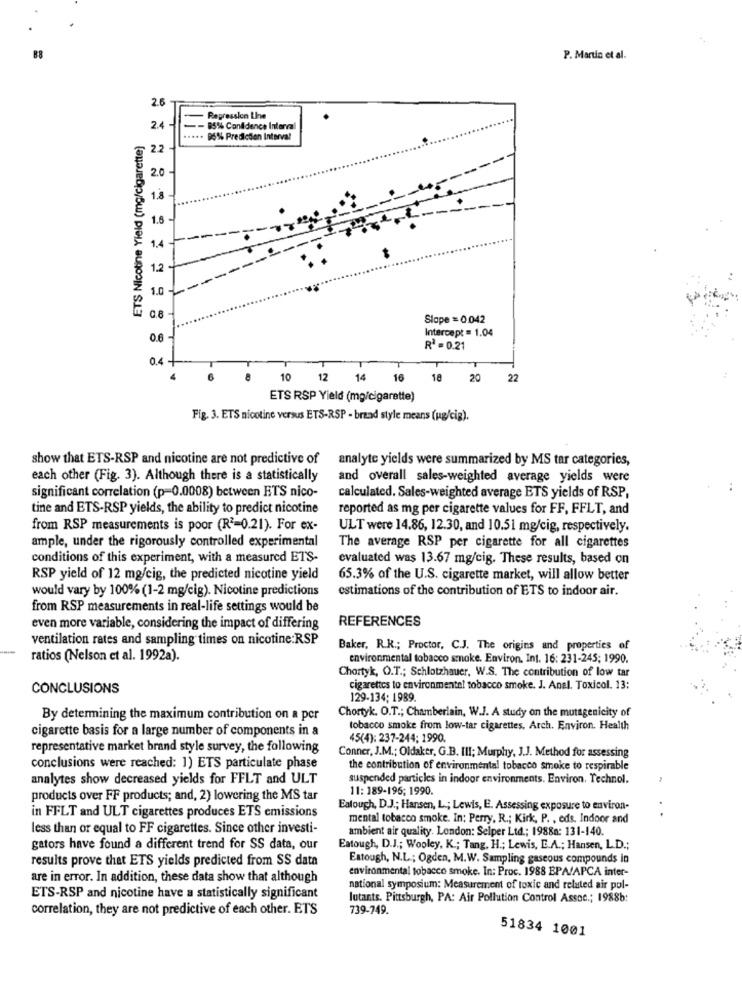
88
P. Martin et al.
2.6
Regression Lhe
24 -
-- 85%% Confidence Interval
ETS Nicotine Yield (mg/cigarette)
..... 95% Prediction Interval
22
20
1.8
1.6
1.
1.2
1.0
0.8
Slope = 0.042
Intercept = 1.04
0.6
R2 = 0.21
0.4
10 12 14 16
18 20
22
ETS RSP Yield (mg/cigarette)
Fig. 3. ETS nicotine versus ETS-RSP - brand style means (ug/cig).
show that ETS-RSP and nicotine are not predictive of
analyte yields were summarized by MS tar categories,
each other (Fig. 3). Although there is a statistically
and overall sales-weighted average yields were
significant correlation (p=0.0008) between ETS nico-
calculated. Sales-weighted average ETS yields of RSP,
tine and ETS-RSP yields, the ability to predict nicotine
reported as mg per cigarette values for FF, FFLT, and
from RSP measurements is poor (R3=0.21). For ex-
ULT were 14.86, 12.30, and 10.51 mg/cig, respectively.
ample, under the rigorously controlled experimental
The average RSP per cigarette for all cigarettes
conditions of this experiment, with a measured ETS-
evaluated was 13.67 mg/cig. These results, based on
RSP yield of 12 mg/cig, the predicted nicotine yield
65.3% of the U.S. cigarette market, will allow better
would vary by 100% (1-2 mg/cig). Nicotine predictions
estimations of the contribution of ETS to indoor air.
from RSP measurements in real-life settings would be
REFERENCES
even more variable, considering the impact of differing
ventilation rates and sampling times on nicotine:RSP
Baker, R.K .; Proctor, C.J. The origins and properties of
ratios (Nelson et al. 1992a).
environmental tobacco smoke. Environ. Int. 16: 231-245; 1990.
Chortyk, O.T .; Schlotzhauer, W.S. The contribution of low tar
CONCLUSIONS
cigarettes to environmentel tobacco smoke. J. Anal. Toxicol. 13:
129-134: 1989.
Chortyk. O.T .; Chamberlain, W.J. A study on the mutagenicity of
By determining the maximum contribution on a per
cigarette basis for a large number of components in a
tobacco smoke from low-tar cigarettes. Arch. Environ. Health
45(4): 237-244; 1990.
representative market brand style survey, the following
Conner, J.M .; Oldaker, G.B. IlI; Murphy, J.J. Method for assessing
conclusions were reached: 1) ETS particulate phase
the contribution of environmental tobacco smoke to respirable
analytes show decreased yields for FFLT and ULT
suspended particles in indoor environments. Environ. Technol.
11: 189-196; 1990.
products over FF products; and, 2) lowering the MS tar
Eatough, D.J .; Hansen, L .; Lewis, E. Assessing exposure to environ-
in FFLT and ULT cigarettes produces ETS emissions
mental tobacco smoke. In: Perry, R .; Kirk, P. , eds. Indoor and
..
less than or equal to FF cigarettes. Since other investi-
ambient air quality. London: Selper Ltd .; 1988a: 131-140.
gators have found a different trend for SS data, our
Eatough, D.J .; Wooley, K .; Tang, H .; Lewis, E.A .; Hansen, L.D .;
results prove that ETS yields predicted from SS data
Eatough, N.L .; Ogden, M.W. Sampling gaseous compounds in
environmental tobacco smoke. In: Proc. 1988 EPA/APCA inter-
are in error. In addition, these data show that although
national symposium: Measurement of toxic and related air pol-
ETS-RSP and nicotine have a statistically significant
lutants. Pittsburgh, PA: Air Pollution Control Assoc .; 1988b:
correlation, they are not predictive of each other. ETS
739-749.
51834 1001